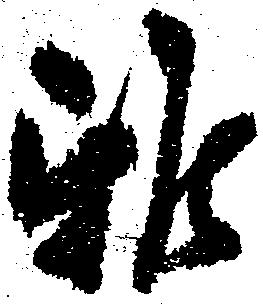
雅